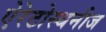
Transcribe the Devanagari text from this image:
ऐरेटोस्थनीज